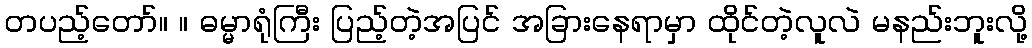
တပည့်တော်။ ။ ဓမ္မာရုံကြီး ပြည့်တဲ့အပြင် အခြားနေရာမှာ ထိုင်တဲ့လူလဲ မနည်းဘူးလို့